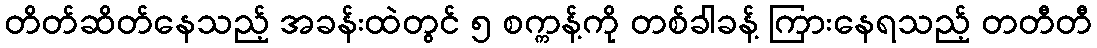
တိတ်ဆိတ်နေသည့် အခန်းထဲတွင် ၅ စက္ကန့်ကို တစ်ခါခန့် ကြားနေရသည့် တတီတီ